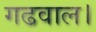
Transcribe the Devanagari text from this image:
गढवाल।